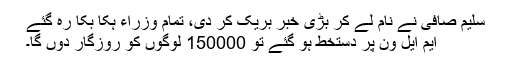
سلیم صافی نے نام لے کر بڑی خبر بریک کر دی، تمام وزراء ہکا بکا رہ گئے
ایم ایل ون پر دستخط ہو گئے تو 150000 لوگوں کو روزگار دوں گا۔